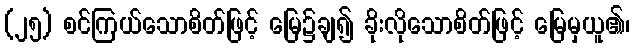
(၂၅) စင်ကြယ်သောစိတ်ဖြင့် မြေ၌ချ၍ ခိုးလိုသောစိတ်ဖြင့် မြေမှယူ၏၊